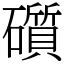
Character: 礩